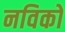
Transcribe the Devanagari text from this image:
नविकों